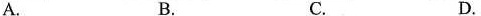
A. B. C. D.